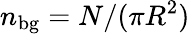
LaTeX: n_{\mathrm{bg}}=N/(\pi R^{2})